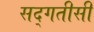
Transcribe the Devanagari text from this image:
सद्गतीसी